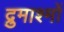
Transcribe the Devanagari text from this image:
द्रुमाश्मों